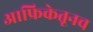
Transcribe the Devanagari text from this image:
आफ्रिकेतूनच